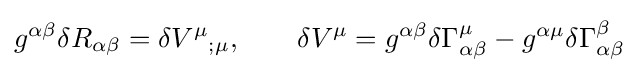
g^{\alpha \beta }\delta R_{\alpha \beta }=\delta {V^{\mu }}_{;\mu },\qquad \delta V^{\mu }=g^{\alpha \beta }\delta \Gamma _{\alpha \beta }^{\mu }-g^{\alpha \mu }\delta \Gamma _{\alpha \beta }^{\beta }